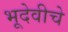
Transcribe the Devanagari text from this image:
भूदेवीचे